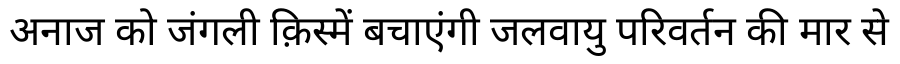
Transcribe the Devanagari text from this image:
अनाज को जंगली क़िस्में बचाएंगी जलवायु परिवर्तन की मार से